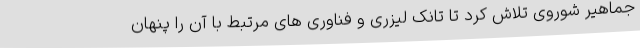
جماهیر شوروی تلاش کرد تا تانک لیزری و فناوری های مرتبط با آن را پنهان